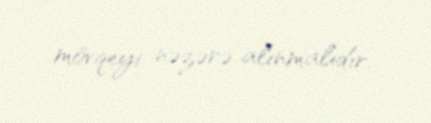
mövqeyi nəzərə alınmalıdır.